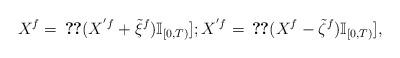
LaTeX: \begin{align*}X^{f} = \, \Ref [ (X^{' f} + \Tilde\xi^{f})\mathbb{I}_{[0,T)}]; X^{' f} =\, \Ref[(X^{f}-\Tilde \zeta^{f})\mathbb{I}_{[0,T)}],\end{align*}